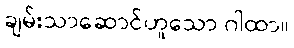
ချမ်းသာဆောင်ဟူသော ဂါထာ။